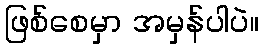
ဖြစ်စေမှာ အမှန်ပါပဲ။